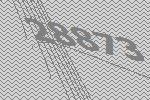
28873